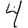
Digit: 4